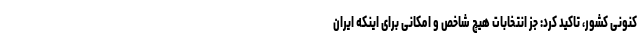
کنونی کشور، تاکید کرد: جز انتخابات هیچ شاخص و امکانی برای اینکه ایران